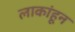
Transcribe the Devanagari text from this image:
लाकांहून